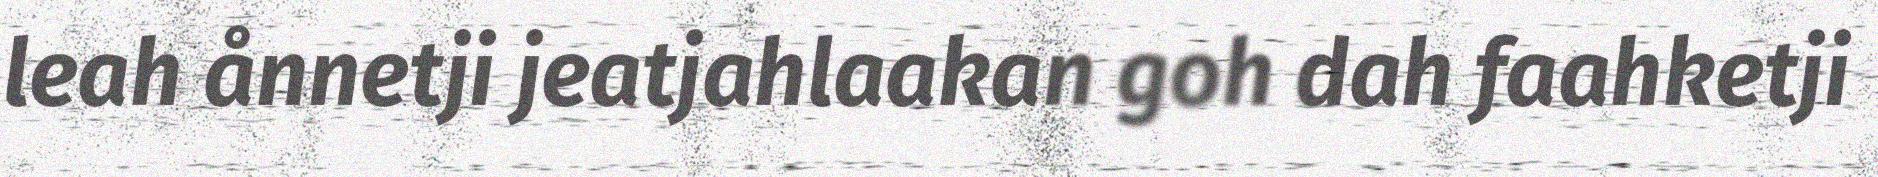
leah ånnetji jeatjahlaakan goh dah faahketji